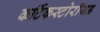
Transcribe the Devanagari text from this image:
कर्टिकस्टोरॉयड